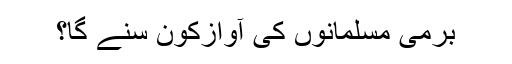
برمی مسلمانوں کی آوازکون سنے گا؟